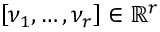
\left[ \nu _ { 1 } , \ldots , \nu _ { r } \right] \in \mathbb { R } ^ { r }